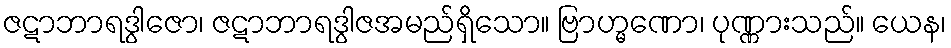
ဇဋာဘာရဒွါဇော၊ ဇဋာဘာရဒွါဇအမည်ရှိသော။ ဗြာဟ္မဏော၊ ပုဏ္ဏားသည်။ ယေန၊